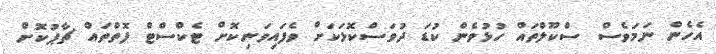
އެހެން ނަމަވެސް ސްކޫލްތައް ހުޅުވެން ކުޑަ ދުވަސްކޮޅަކަށް ވެފައިވަނިކޮށް ޓެކްސްޓް ފޮތްތައް ޗާޕުކޮށް